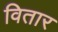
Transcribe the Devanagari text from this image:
वितार